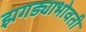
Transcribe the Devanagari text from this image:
झगड्याभोवती